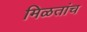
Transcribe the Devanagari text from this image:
मिळतांच